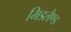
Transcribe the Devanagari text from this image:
मिडलैण्ड